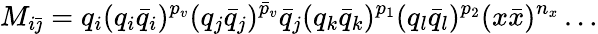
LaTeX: M_{i\bar{\jmath}}=q_{i}(q_{i}\bar{q}_{i})^{p_{v}}(q_{j}\bar{q}_{j})^{\bar{p}_{v}}\bar{q}_{j}(q_{k}\bar{q}_{k})^{p_{1}}(q_{l}\bar{q}_{l})^{p_{2}}(x\bar{x})^{n_{x}}\ldots